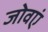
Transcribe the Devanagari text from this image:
जोवएं